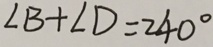
\angle B + \angle D = 2 4 0 ^ { \circ }